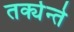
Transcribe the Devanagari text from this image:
तर्क्यन्ते